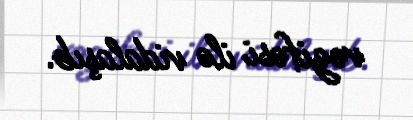
vəzifəsi ilə vidalaşıb.